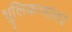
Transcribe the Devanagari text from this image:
धुलिकणांवर